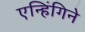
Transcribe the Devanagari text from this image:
एन्हिंगिने